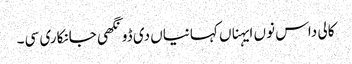
کالی داس نوں ایہناں کہانیاں دی ڈونگھی جانکاری سی۔